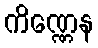
ကိဏ္ဏေန